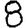
Digit: 8